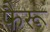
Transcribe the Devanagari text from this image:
फैरू